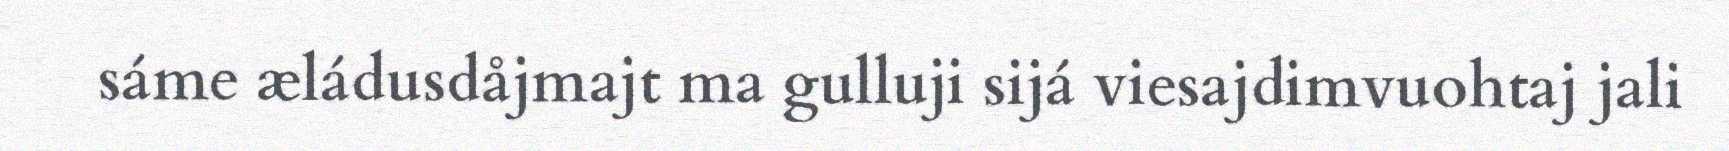
sáme æládusdåjmajt ma gulluji sijá viesajdimvuohtaj jali